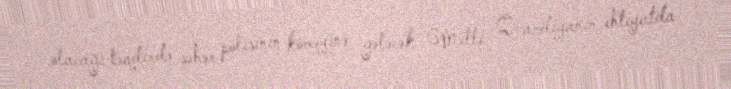
olacağı təqdirdə şəhər polisinin köməyinə gələcək Milli Qvardiyanın ehtiyatda